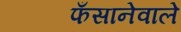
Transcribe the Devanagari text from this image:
फँसानेवाले